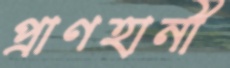
প্রাণহানী